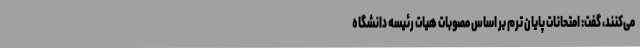
می‌کنند، گفت: امتحانات پایان ترم بر اساس مصوبات هیات رئیسه دانشگاه